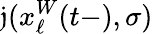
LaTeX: \mathfrak{j}(x_{\ell}^{W}(t-),\sigma)